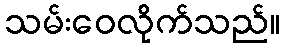
သမ်းဝေလိုက်သည်။